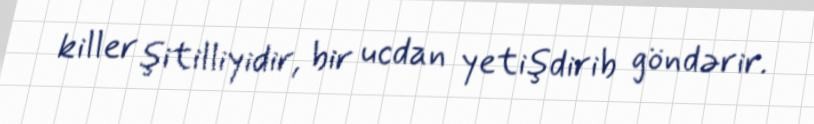
killer şitilliyidir, bir ucdan yetişdirib göndərir.